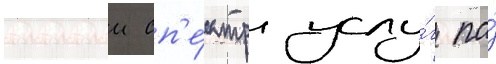
Полныи сп'е́ктр услу́г по́